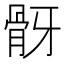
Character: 𩨠